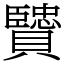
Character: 贒